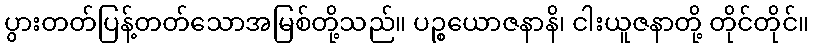
ပွားတတ်ပြန့်တတ်သောအမြစ်တို့သည်။ ပဉ္စယောဇနာနိ၊ ငါးယူဇနာတို့ တိုင်တိုင်။